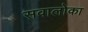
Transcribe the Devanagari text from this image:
सवालोका